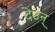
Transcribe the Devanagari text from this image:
देउन्